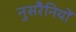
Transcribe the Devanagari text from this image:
नुसरैनियों